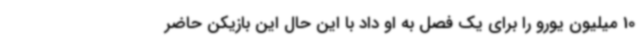
10 میلیون یورو را برای یک فصل به او داد با این حال این بازیکن حاضر